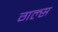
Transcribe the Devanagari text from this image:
गल्स